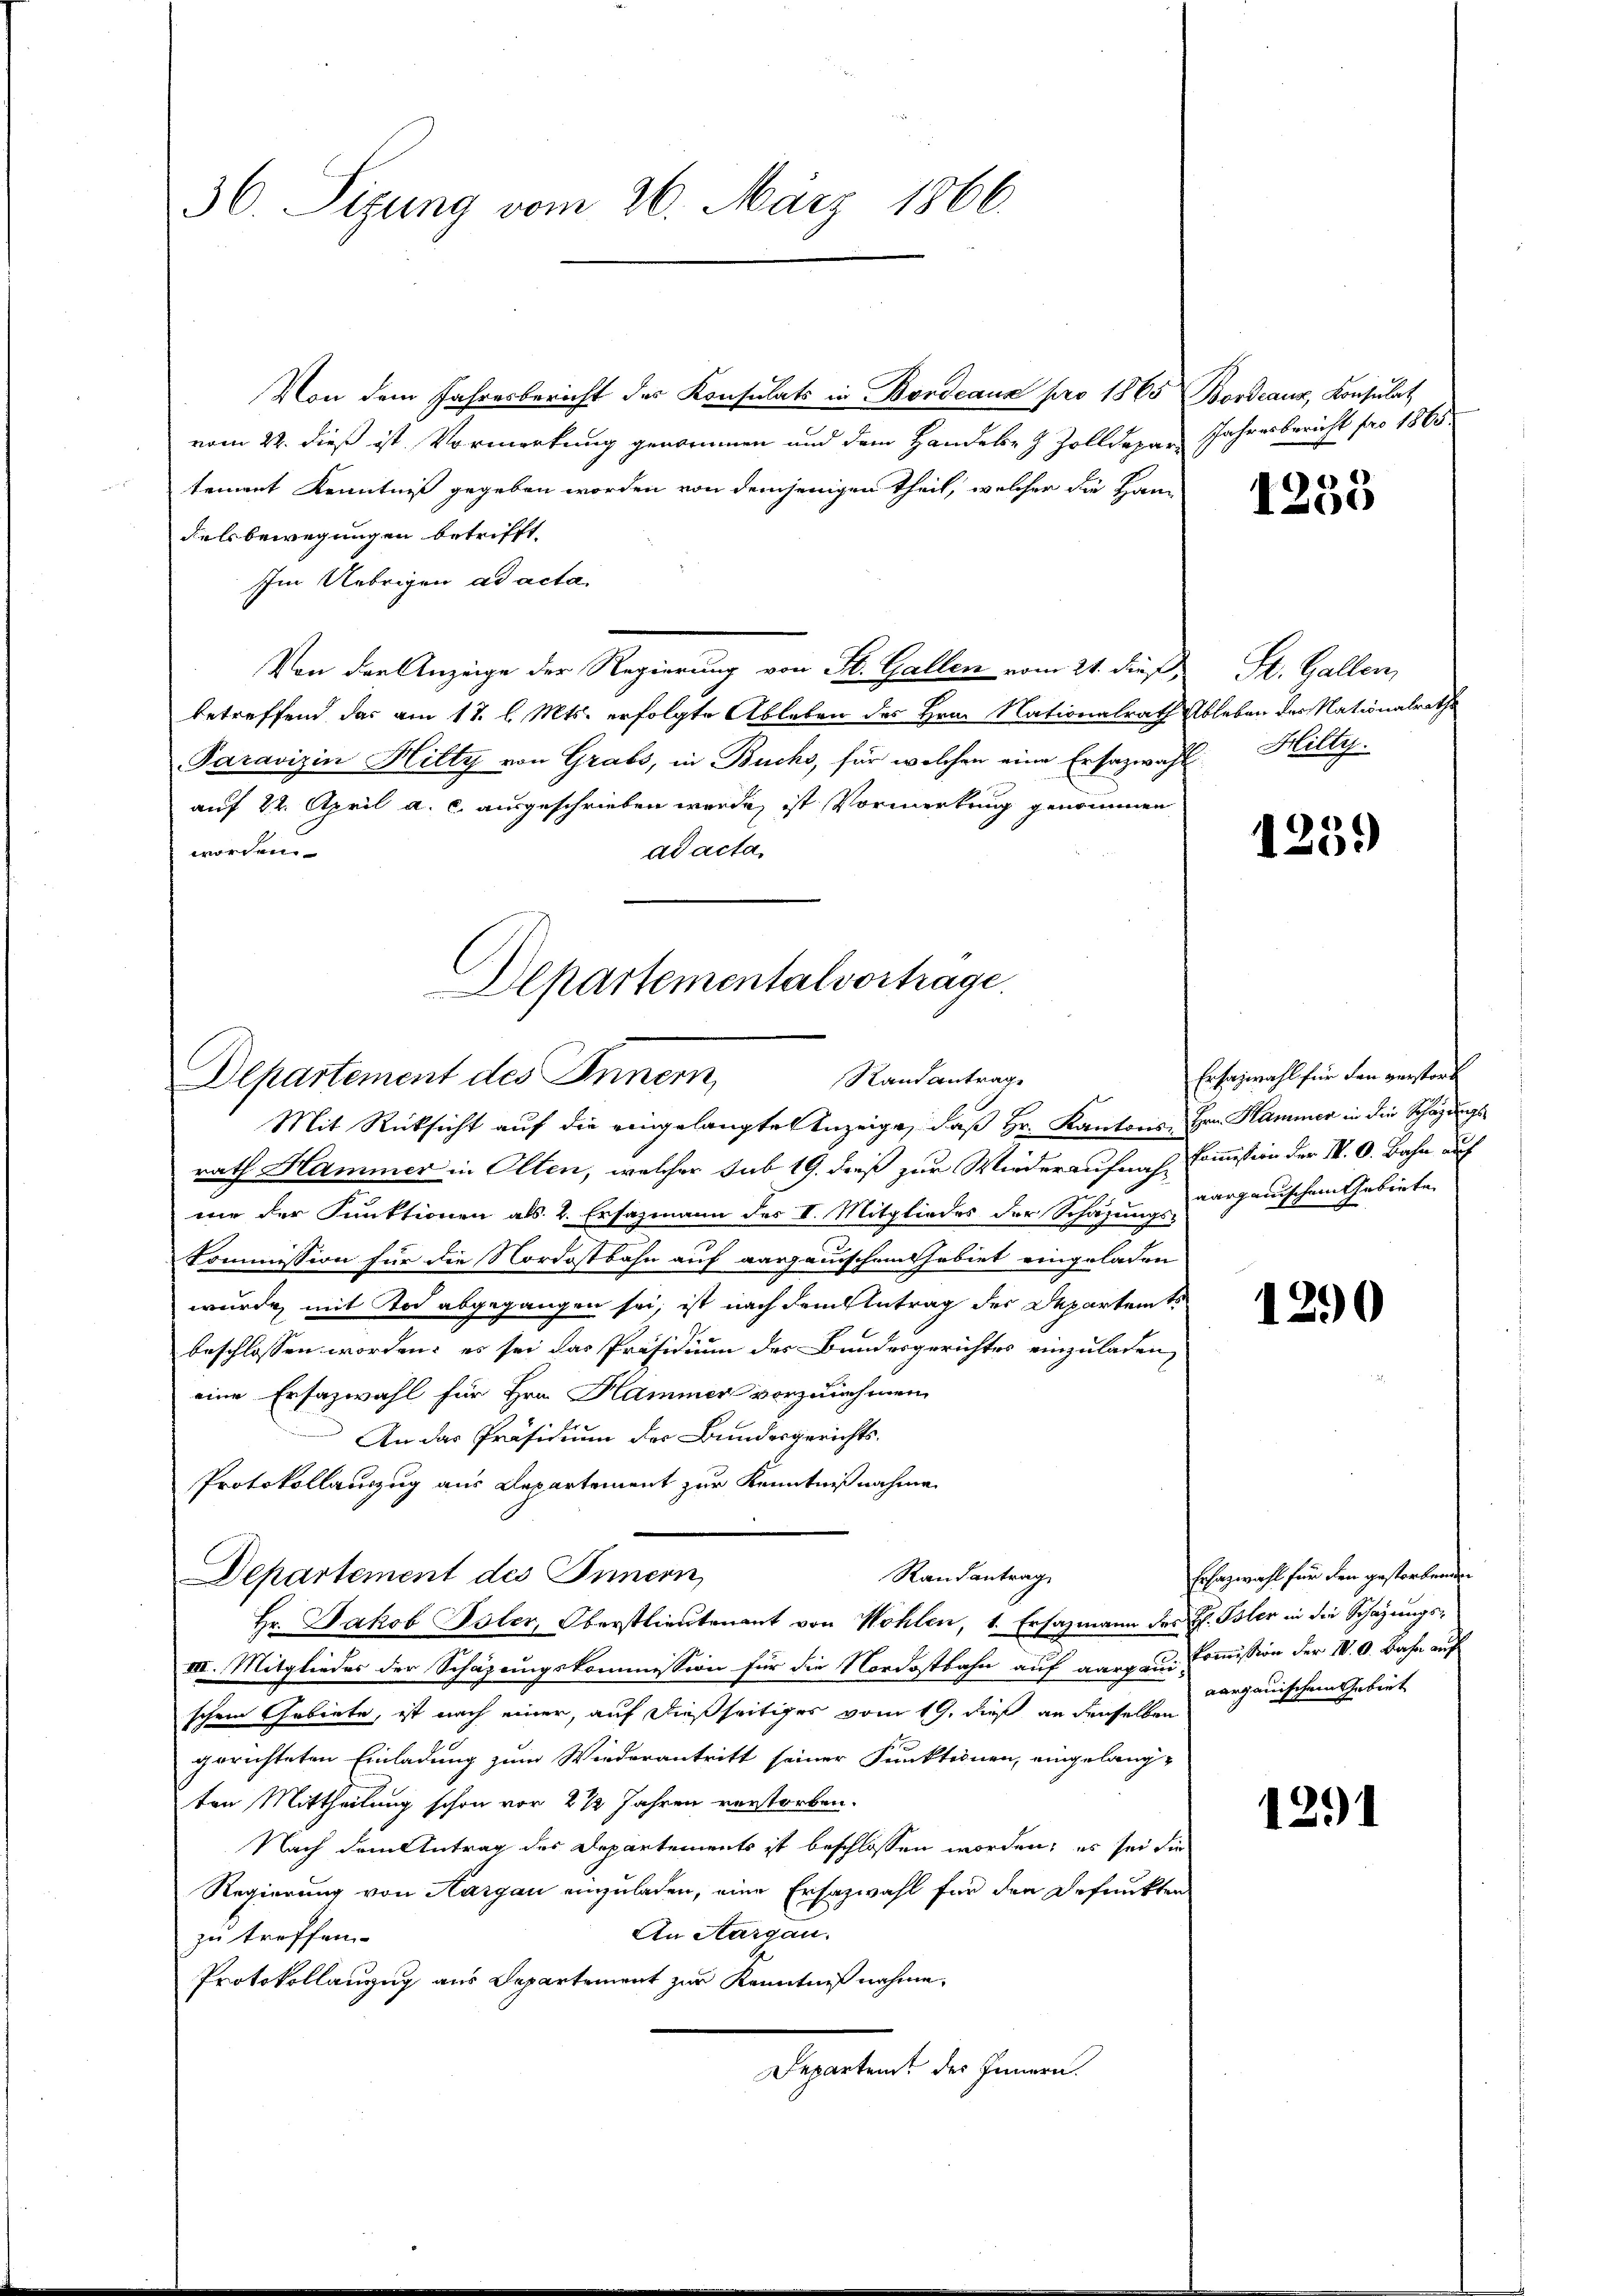
36. Sizung vom 26. März 1866.

Von dem Jahresbericht des Konsulats in Bordeaux pro 1865 Bordeaux, Konsulat
vom 22. dieß ist. Vormerkung genommen und dem Handeln & Zolldepar
tement Kenntniß gegeben worden von demjenigen Theil, welcher die Handels bewegungen betrifft.
Im Uebrigen ad acta.
Von der Anzeige der Regierung von St. Gallen vom 21. dieß,
betreffend das am 17. l. Mts. erfolgte Ableben des Hrn. Nationalrath Ableben der Nationalrathe
Paravizin Hilty von Grabs, in Buchs, für welchen eine Ersazwahl Hilty.
auf 22. April a. c. ausgeschrieben werde, ist Vormerkung genommen
worden.
ad acta,
Departementalvortrage.

Departement des Innern,
Randantrage

Mit Rücksicht auf die eingelangte Anzeige, daß Hr. Kantons, Hrn. Hammer in die Schazungsrath Hammer in Olten, welcher sub 19. dieß zur Wiederaufnah-Commission der IV. O. Bahn auf
mie der Funktionen als 2. Ersazmann des II. Mitgliedes der Schazung dargauischem Gebiete
Commission für die Nordostbahn auf aargauischen habiet eingeladen
wurde mit Tod abgegangen sei, ist nach dem Antrag der Departents
beschlossen worden; es sei das Präsidium des Bundesgerichtes einzuladen,
eine Erfazwahl für Hrn. Hammer vorzunehmen.
An das Präsidium der Bundesgerichts-
Protokollauszug aus Departement zur Kenntnißnahme
Randantrag
Departement des Innern,
Hr. Jakob Isler, Oberstlieutenant von Wohlen, 1. Ersatzmann des H. Isler in die Schazungs¬
III. Mitgliedes der Schazungskommission für die Nordostbahn auf aargau Commission der IV. A. Bahn auf
schem Gebiete, ist nach einer, auf dießseitiges vom 19. dieß an denselben
.
gerichteten Einladung zum Wiederantritt seiner Funktionen, eingelang-
ten Mittheilung schon vor 2 1/2 Jahren verstorben.
Nach dem Antrag des Departements ist beschlossen worden, es sei die
Regierung von Aargau einzuladen, eine Ersazwahl für den Defunkten
An Aargau.
zu treffen
Protokollanzug aus Departement zur Kenntniß nahme.
Departeme des Innern.

Jahresbericht für 1560.

1250

St. Gallen,

1259)

Ersatzwahl für den verstorb

1290

Ehazwahl für den gestorbenden
aargauischen Gebiet

1291